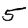
Digit: 5